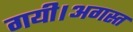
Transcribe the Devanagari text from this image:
गयी।अगस्त